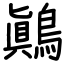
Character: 鷆